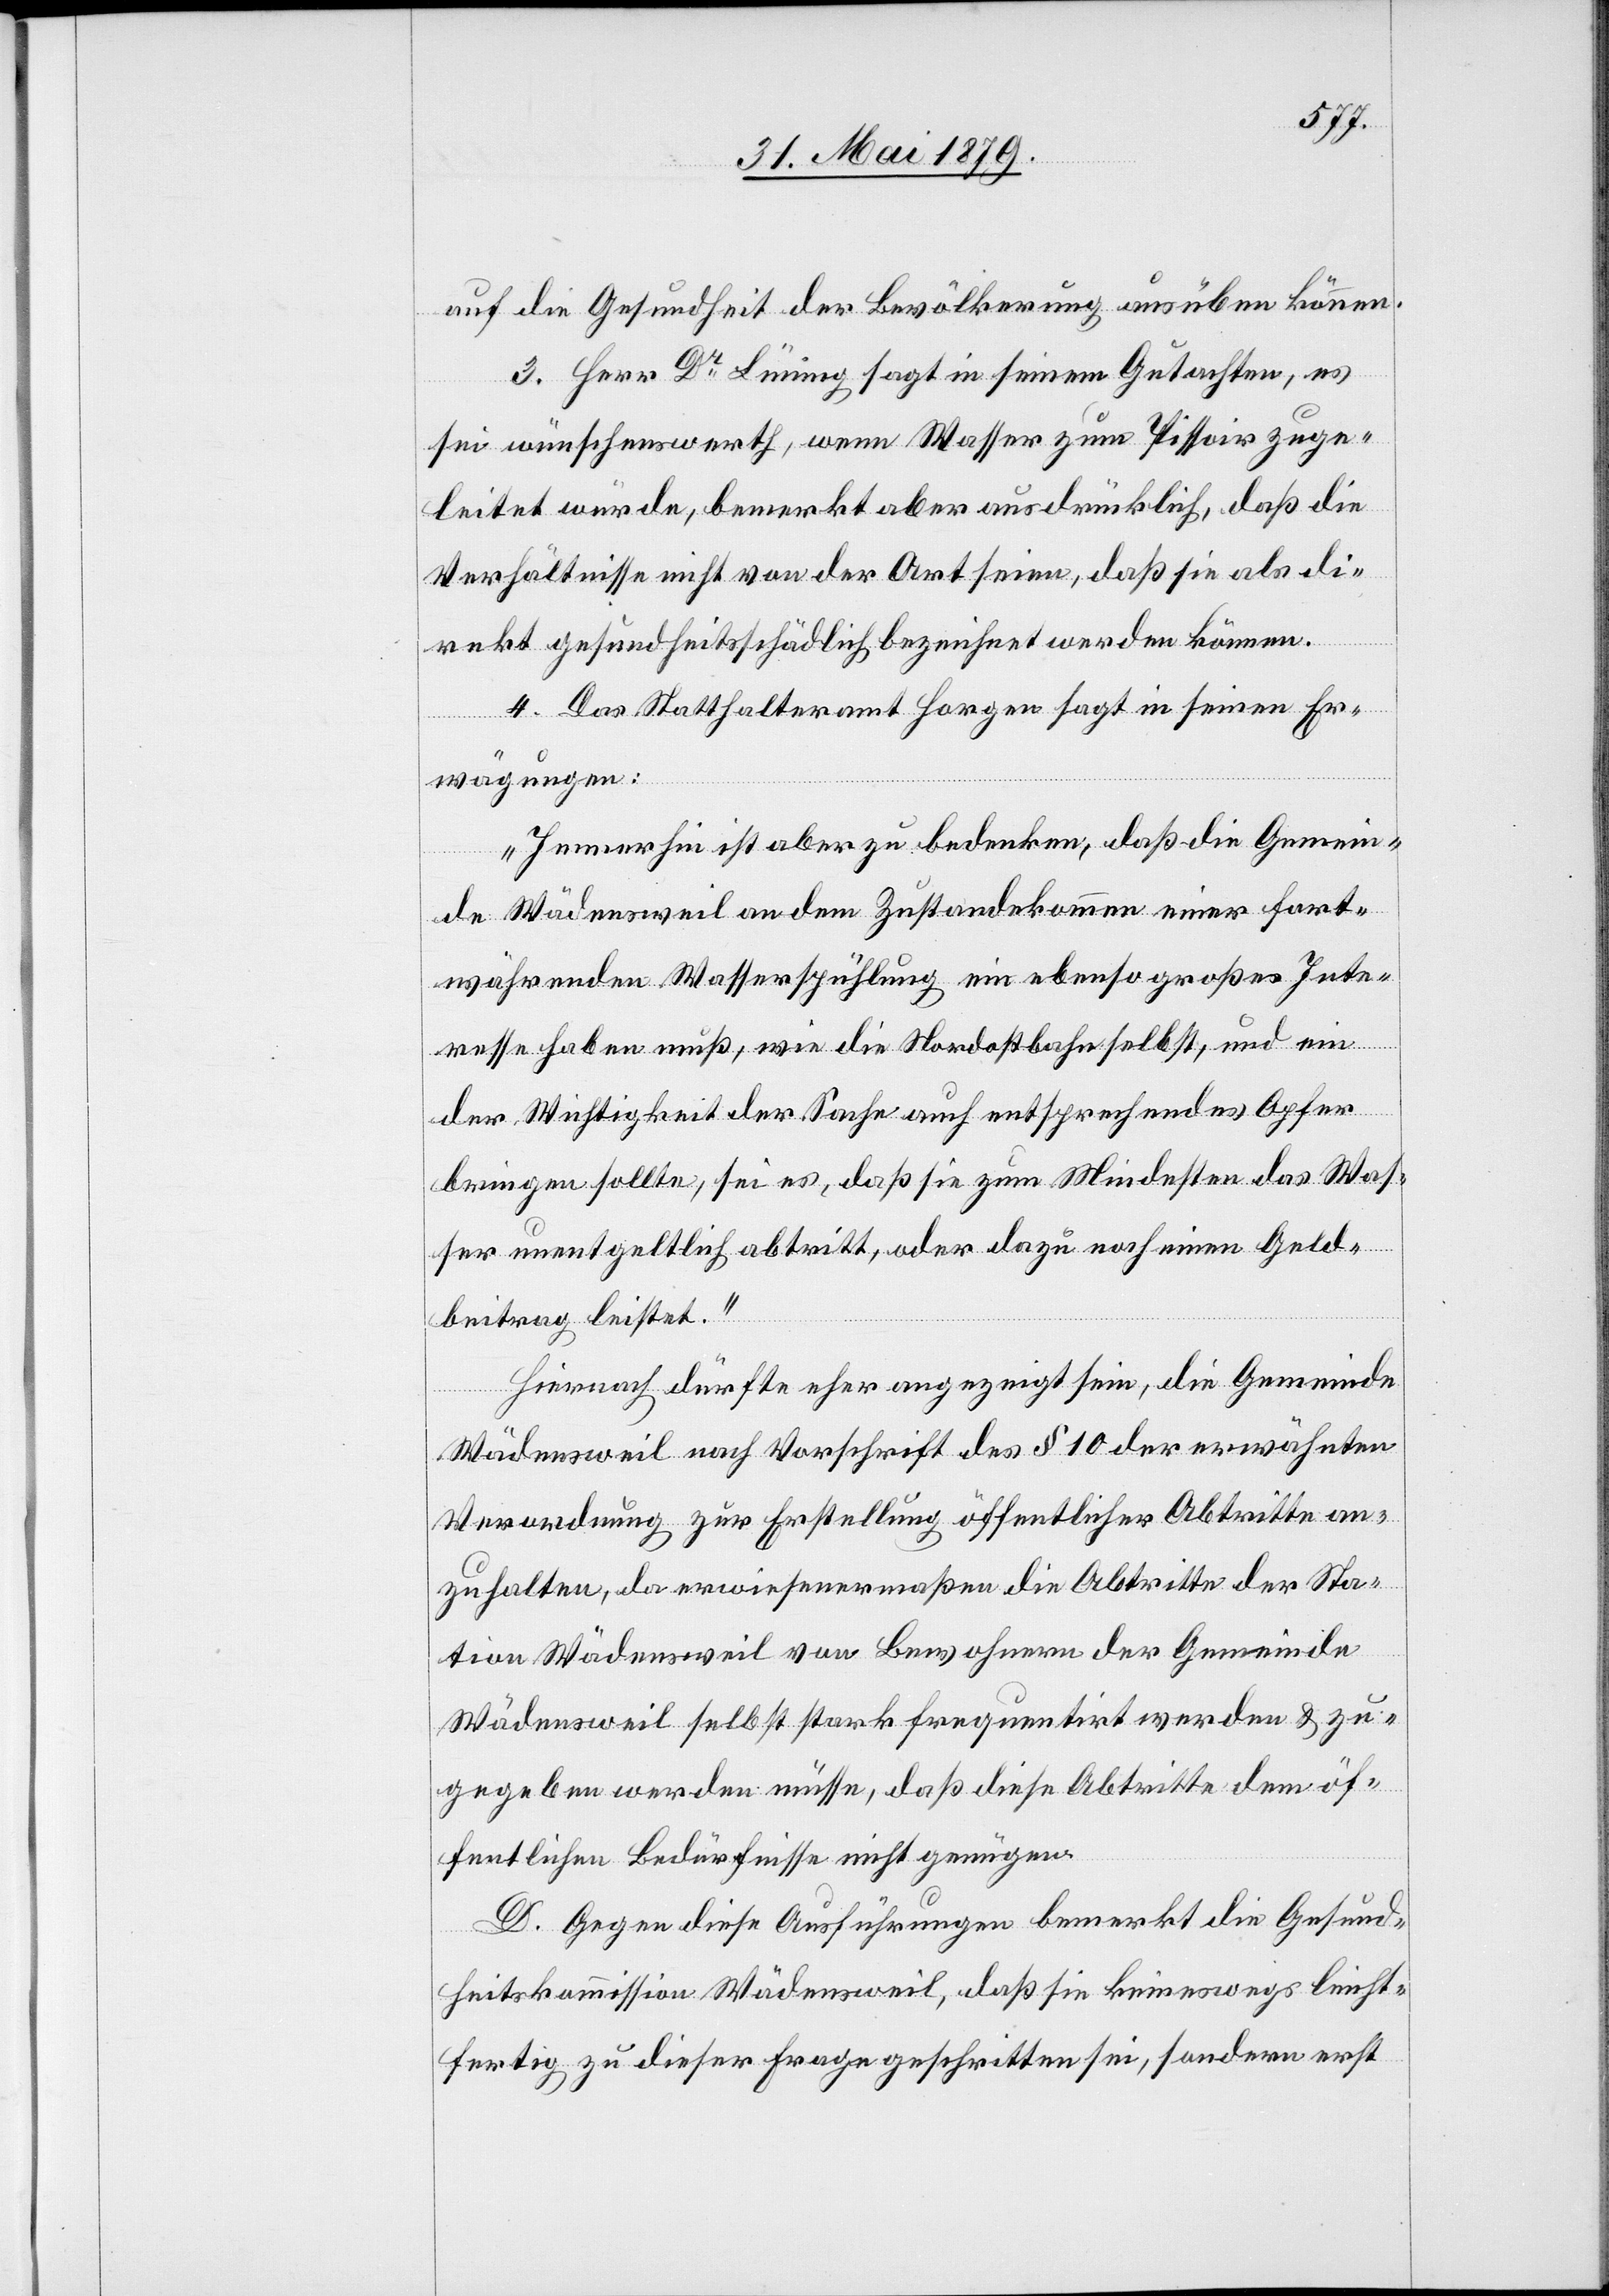
auf die Gesundheit der Bevölkerung ausüben können.
3. Herr Dr Lünning sagt in seinem Gutachten, es
sei wünschenswerth, wenn Wasser zum Pissoir zuge¬
leitet würde, bemerkt aber ausdrücklich, daß die
Verhältnisse nicht von der Art seien, daß sie als di¬
rekt gesundheitsschädlich bezeichnet werden können.
4. Das Statthalteramt Horgen sagt in seinen Er¬
tion
wägungen:
„Immerhin ist aber zu bedenken, daß die Gemein¬
de Wädensweil an dem Zustandekommen einer fort¬
währenden Wasserspühlung ein ebenso großes Inte¬
resse haben muß, wie die Nordostbahn selbst, und ein
der Wichtigkeit der Sache auch entsprechendes Opfer
bringen sollte, sei es, daß sie zum Mindesten das Was¬
ser unentgeltlich abtritt, oder dazu noch einen Geld¬
beitrag leistet.“
Hiernach dürfte eher angezeigt sein, die Gemeinde
Wädensweil nach Vorschrift des § 10 der erwähnten
Verordnung zur Erstellung öffentlicher Abtritte an¬
zuhalten, da erwiesenermaßen die Abtritte der Sta¬
Wädensweil selbst stark frequentirt werden & zu¬
gegeben werden müsse, daß diese Abtritte dem öf¬
fentlichen Bedürfnisse nicht genügen.
D. Gegen diese Ausführungen bemerkt die Gesund¬
heitskommission Wädensweil, daß sie keineswegs leicht¬
fertig zu dieser Frage geschritten sei, sondern erst